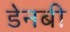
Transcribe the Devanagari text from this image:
डेनबी